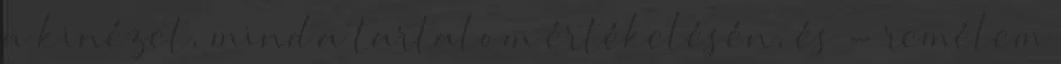
a kinézet, mind a tartalom értékelésén, és - remélem